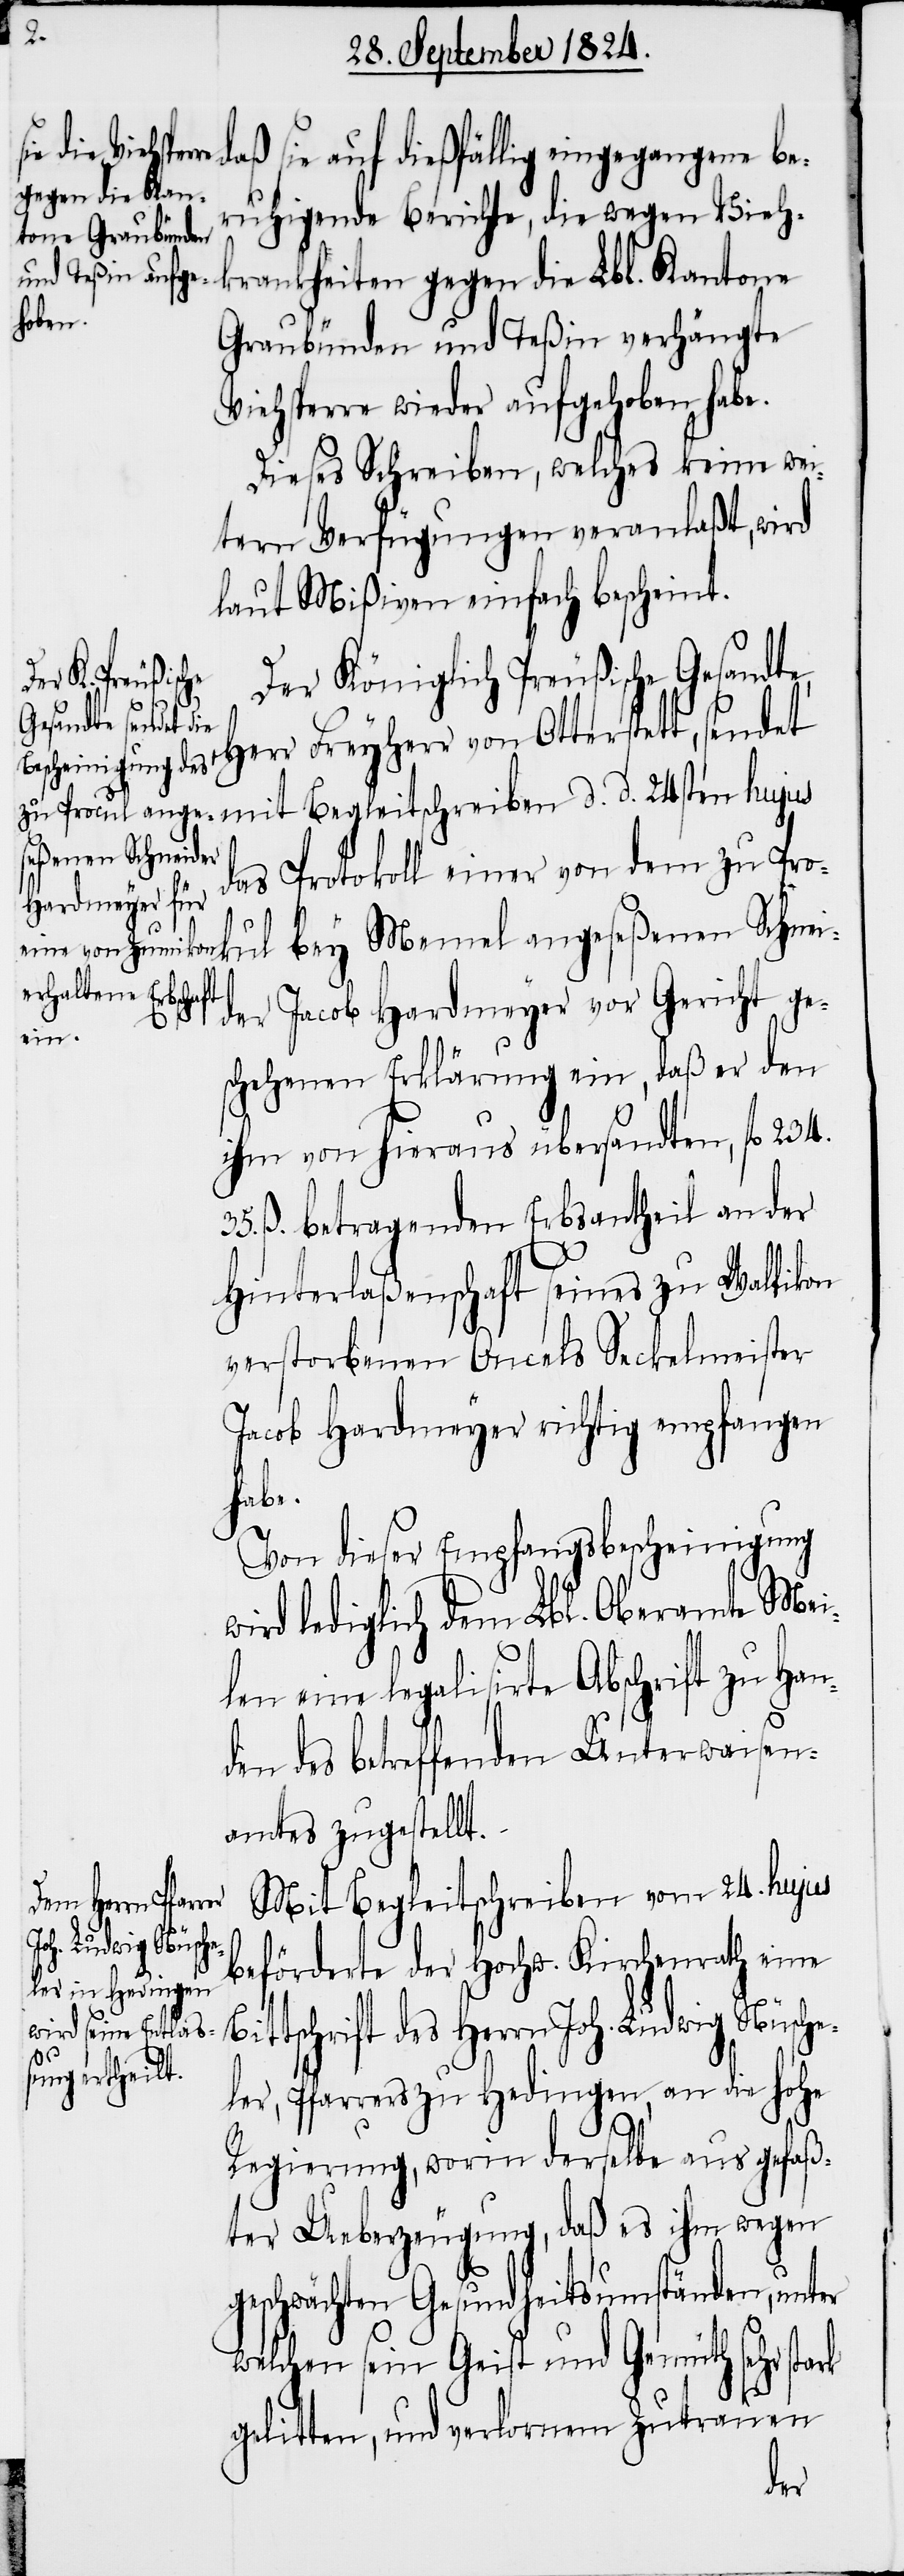
w¬
sie auf dießfällig eingegangene be¬
ruhigende Berichte, die wegen Vieh¬
krankheiten gegen die Lbl. Kantone
Graubünden und Teßin verhängte
Viehsperre wieder aufgehoben habe.
Dieses Schreiben, welches keine wei¬
tern Verfügungen veranlaßt, wird
laut Mißiven einfach bescheint.
Der Königlich Preußische Gesandt¬
e, Herr Freyherr von Otterstett, sendet
seßenen Schneid¬
das Protokoll einer von dem zu Pro¬
er Jacob Hardmeyer vor Gericht ge¬
Bit¬
schehenen Erklärung ein, daß er den
ihm von hieraus übersandten, fl 234.
35. ß. betragenden Erbsantheil an der
Hinterlaßenschaft seines zu Wallikon
verstorbenen Oncels Seckelmeister
Jacob Hardmeyer richtig empfangen
habe.
Von dieser Empfangsbescheinigung
ird lediglich dem Lbl. Oberamte Mei¬
len eine legalisirte Abschrift zu Han¬
den des betreffenden Unterwaisen¬
amtes zugestellt.
Mit Begleitschreiben vom 24. hujus
bey Memel ange¬
beförderte der Hochw. Kirchenrath eine
tschrift des Herrn Joh. Ludwig Nüsche¬
ler, Pfarrers zu Hedingen, an die hohe
Regierung, worin derselbe aus gefaß¬
ter Ueberzeugung, daß es ihm wegen
geschwächten Gesundheitsumständen, unter
welchen sein Geist und Gemüth sehr stark
gelitten, und verlornem Zutrauen